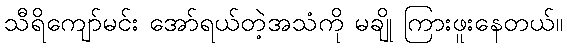
သီရိကျော်မင်း အော်ရယ်တဲ့အသံကို မချို ကြားဖူးနေတယ်။